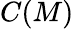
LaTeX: C(M)